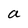
Character: a